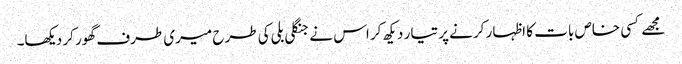
مجھے کسی خاص بات کا اظہار کرنے پر تیار دیکھ کر اس نے جنگلی بلی کی طرح میری طرف گھور کر دیکھا۔